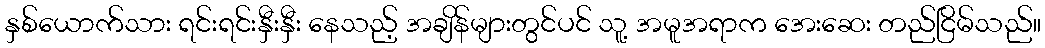
နှစ်ယောက်သား ရင်းရင်းနှီးနှီး နေသည့် အချိန်များတွင်ပင် သူ့ အမူအရာက အေးဆေး တည်ငြိမ်သည်။